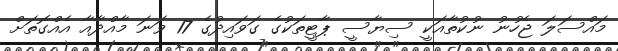
މައްސަލަ ޖެހުނު ނުކުތާއަކީ ސިޔާސީ ޕާޓީތަކުގެ ގަވައިދުގެ 17 ވަނަ މާއްދާއާ އެއްގޮތަށް